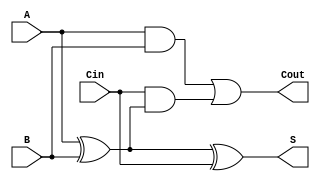
module async_full_adder (
    input wire A,     // First binary input
    input wire B,     // Second binary input
    input wire Cin,   // Carry-in input
    output wire S,    // Sum output
    output wire Cout   // Carry-out output
);

// Intermediate signals
wire A_B_xor; // A XOR B

// Compute Sum (S)
assign A_B_xor = A ^ B; // A XOR B
assign S = A_B_xor ^ Cin; // S = (A XOR B) XOR Cin

// Compute Carry-out (Cout)
assign Cout = (A & B) | (Cin & A_B_xor); // Cout = (A AND B) OR (Cin AND (A XOR B))

endmodule